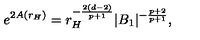
e ^ { 2 A ( r _ { H } ) } = r _ { H } ^ { - \frac { 2 ( d - 2 ) } { p + 1 } } | B _ { 1 } | ^ { - \frac { p + 2 } { p + 1 } } ,